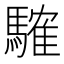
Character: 䮤